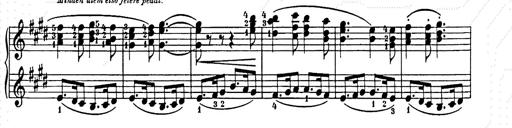
Title: Weihnachtsbaum
Composer: Franz Liszt